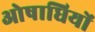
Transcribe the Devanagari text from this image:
ओषाधियों